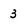
Character: 3